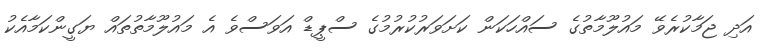
އަދި ޖަމާކުރެވޭ މައުލޫމާތުގެ ސައްހަކަން ކަށަވަރުކުރުމުގެ ސްޕީޑް އަވަސްވެ އެ މައުލޫމާތުތައް ޔަގީންކަމާއެކު